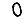
Digit: 0